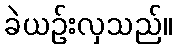
ခဲယဉ်းလှသည်။